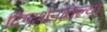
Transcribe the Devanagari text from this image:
दिग्दर्शनातल्या